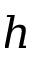
h